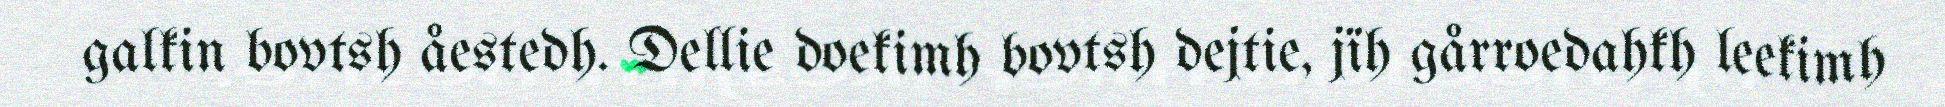
galkin bovtsh åestedh. Dellie doekimh bovtsh dejtie, jïh gårroedahkh leekimh